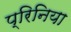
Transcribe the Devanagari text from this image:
प्रिनिया